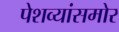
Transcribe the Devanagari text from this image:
पेशव्यांसमोर